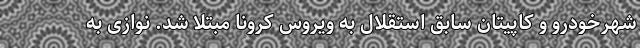
شهرخودرو و کاپیتان سابق استقلال به ویروس کرونا مبتلا شد. نوازی به